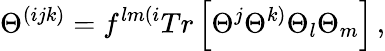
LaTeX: \Theta^{(ijk)}=f^{lm(i}Tr\left[\Theta^{j}\Theta^{k)}\Theta_{l}\Theta_{m}\right]\, ,